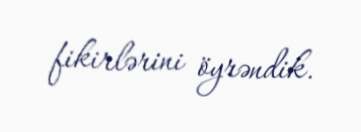
fikirlərini öyrəndik.